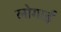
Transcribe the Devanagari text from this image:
लोगाई